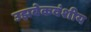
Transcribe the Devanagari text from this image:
उझबेकवंशीय